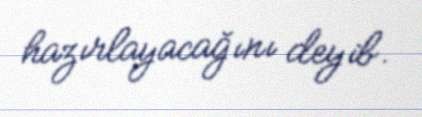
hazırlayacağını deyib.